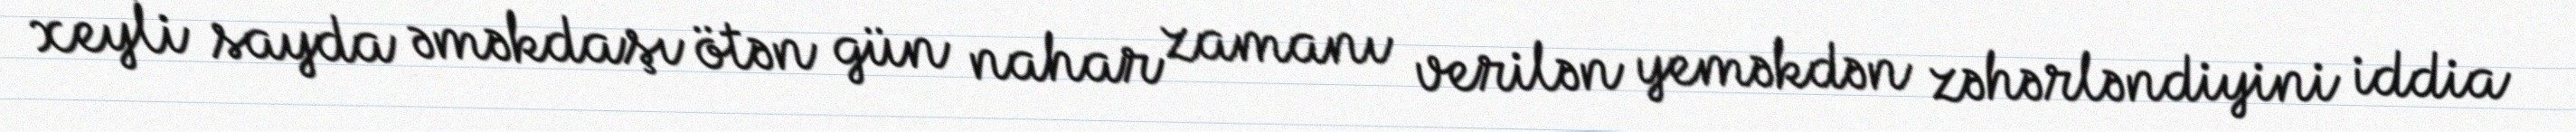
xeyli sayda əməkdaşı ötən gün nahar zamanı verilən yeməkdən zəhərləndiyini iddia